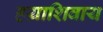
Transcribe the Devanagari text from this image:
हय़ाशिवाय